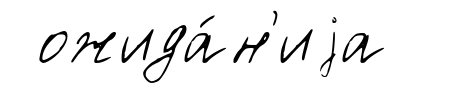
ожида́н'иjа